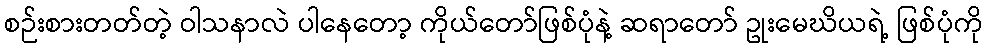
စဉ်းစားတတ်တဲ့ ဝါသနာလဲ ပါနေတော့ ကိုယ်တော်ဖြစ်ပုံနဲ့ ဆရာတော် ဥုးမေဃိယရဲ့ ဖြစ်ပုံကို